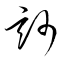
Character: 玅